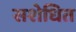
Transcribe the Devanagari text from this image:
सशेधित